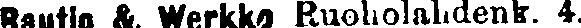
Rautio &. Werkko Ruoholahdenk. 4.